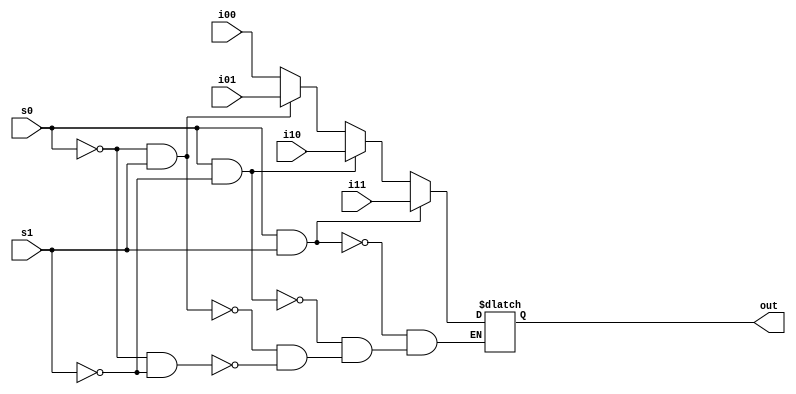
module mult4_to_1_32(out, i00,i01,i10,i11,s0,s1);  // multiplexor for pcr
output [31:0] out;
reg out;
input [31:0]i00,i01,i11,i10;
input s0,s1;
always @(s0 or s1)
begin
    if(~(s0)&~(s1))out=i00; //in 00
    if(~(s0)&s1)out=i01; //in 01
    if(s0&~(s1))out=i10; //in 10
    if(s0&s1)out=i11; //in 11
end
endmodule